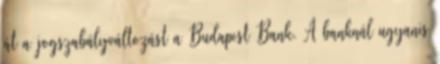
át a jogszabályváltozást a Budapest Bank. A banknál ugyanis